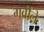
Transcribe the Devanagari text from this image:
गर्वीले